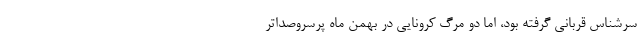
سرشناس قربانی گرفته بود، اما دو مرگ کرونایی در بهمن ماه پرسروصداتر